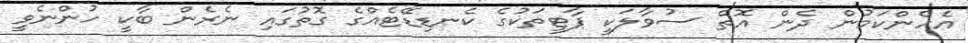
އެހެންކަމުން ދެން އޮތް ސުވާލަކީ ޕާޓީތަކުގެ ކެނޑިޑޭޓެއްގެ ގޮތުގައި ނެރެން ބާކީ ހުންނެވީ